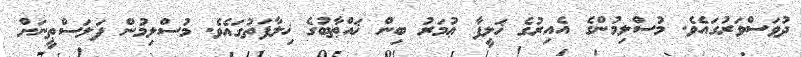
ދުވަސްވަރުގައެވެ. މުސްލިމުންގެ އެއިރުގެ ޚަލީފާ ޢުމަރު ބިން ޚައްޠާބުގެ ޚިލާފަތުގައެވެ. މުސްލިމުން ފަލަސްޠީނަށް